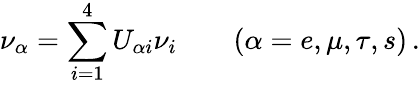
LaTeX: \nu_{\alpha}=\sum_{i=1}^{4}U_{\alpha i}\nu_{i}\qquad(\alpha=e,\mu,\tau,s)\, .